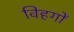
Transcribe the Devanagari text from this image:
विहगों